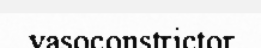
vasoconstrictor